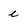
Character: e